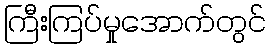
ကြီးကြပ်မှုအောက်တွင်